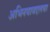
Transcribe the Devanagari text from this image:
अभिनयाबद्दलचा